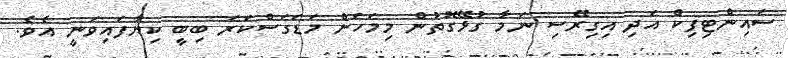
ސައިންޓިފިކް އަދި އިގިރޭސި ނަމާ ގުޅޭގޮތުން މިމަހަށް މަޑަގަސްކަރަ ބިބީ ކިޔާފައިވަނީ އެވެ.